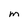
Character: M